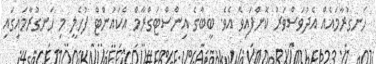
ހަނގުރާމައެއް އެދުވަސްވަރު ކޮށްފައިވެ އެވެ. ބީބާގެ އިންސްޓަގްރާމް އެކައުންޓް ފުހެލީ މި ހަނގުރާމައިގައި